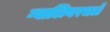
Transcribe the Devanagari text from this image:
ग्वालियरचले